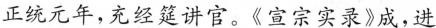
正统元年，充经筵讲官。《宣宗实录》成，进